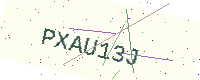
Text: PXAU13J